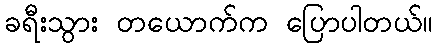
ခရီးသွား တယောက်က ပြောပါတယ်။